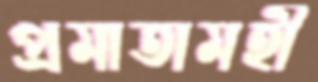
প্রমাতামহী